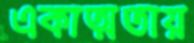
একাত্মতায়